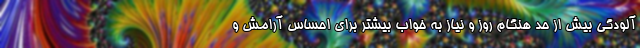
آلودگی بیش از حد هنگام روز و نیاز به خواب بیشتر برای احساس آرامش و